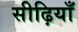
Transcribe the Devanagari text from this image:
सीढ़ियाँ